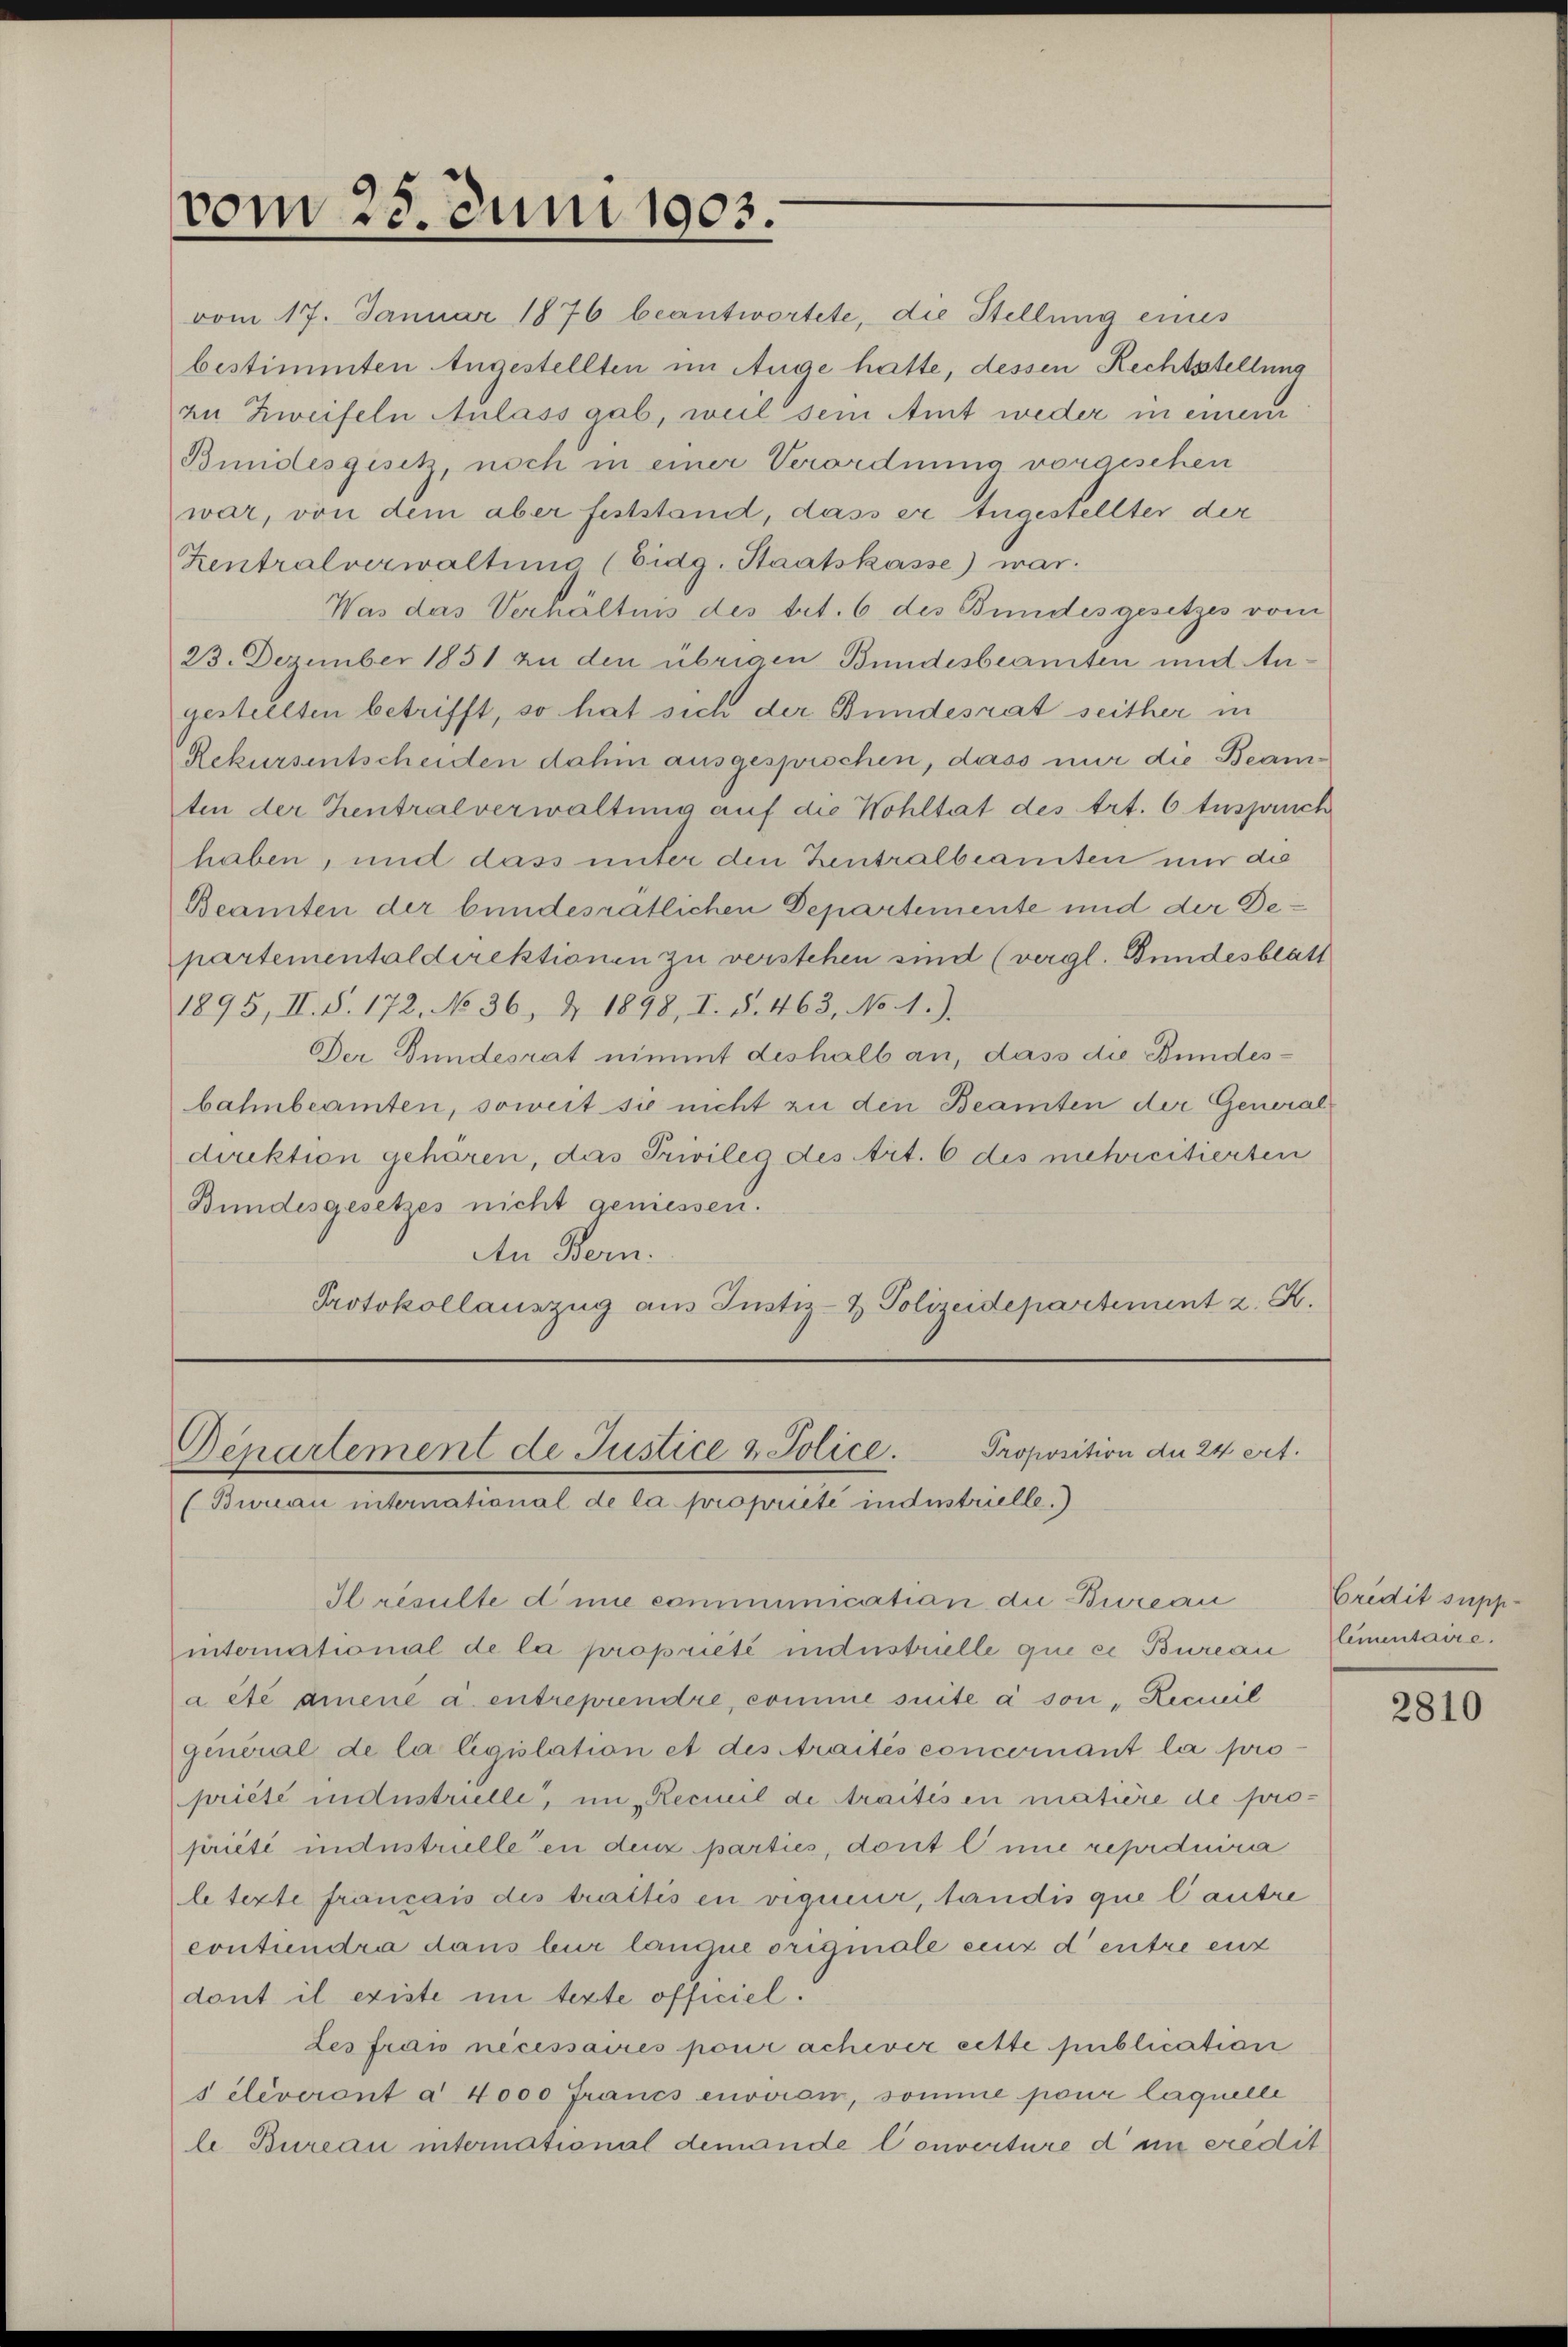
vom 25. Juni 1903.

vom 17. Januar 1876 beantwortete, die Stellung eines
bestimmten Angestellten im Auge hatte, dessen Rechtsstellung
zn Zweifeln Anlass gab, weil sein Amt weder in einem
Bundesgesetz, noch in einer Verordnung vorgeschen
war, von dem aber feststand, dass er tugestellter der
Zentralverwaltung (Eidg. Staatskasse) war.
Was das Verhältnis des trt. 6 des Bundesgesetzes vom
23. Dezember 1851 zu den übrigen Bundesbeamten und Angestellten betrifft, so hat sich der Bundesrat seither in
Rekursentscheiden dahin ausgesprochen, dass mir die Beamten der Zentralverwaltung auf die Wohltat des Art. 6 tuspruch
haben, und dass unter den Zentralbeamten nur die
Beamten der bundesratlichen Departemente und der Departementaldirektionen zu verstehen sind (vergl. Bundesblatt
1895, II. S. 172. No 36, § 1898, I. §. 463, No. 1.)
Der Bundesrat nimmt dishalb an, dass die Bundesbahnbeamten, soweit sie nicht zu den Beamten der Generaldirektion gehören, das Privileg des Art. 6 des mehrcitierten
Bundesgesetzes nicht geniessen.
An Bern.
Protokollauszug aus Justiz- & Polizeidepartement z. B.

Proposition du 24 Art.
Departement de Justice & Police.
(Bwrau international de la propriété industrielle.)

Credit supp
lementaire.

Iresulte die communication die Bureau
international de la propriété industrielle que ei Bureau
a été annene a. entreprendre, comme suite à son, Reciil
qeneral de la ligislation et des Araités concernant la pro-
priété industrulle, in Recueil de traités en matière de propriété industrielle en denz parties, dont eine reprduira
le texte français des trattis en vigueur, tandis que l’autre
contendra dans bur langue orignale eint d’entre ent
dont il existe im texte officiel.
Les frais nécessaires pour achever cette publication
s éleveront a 4000 Francs envoien, somme pour laquelle
le Bureau international demande Converture d im credit

2810